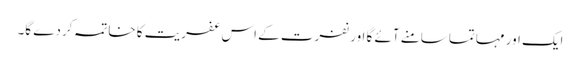
ایک اور مہاتما سامنے آئے گا اور نفرت کے اس عفریت کا خاتمہ کردے گا۔